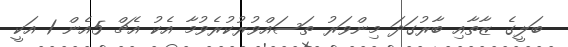
ބަލީގެ ޒާތާއި ބާރުގަދަ މިންވަރު ތަސައްވުރުކުރެވުމާ އެކު އެޗް 5އެން 1 އަކީ